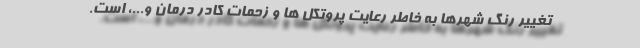
تغییر رنگ شهرها به خاطر رعایت پروتکل ها و زحمات کادر درمان و...، است.